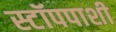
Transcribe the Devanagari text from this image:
स्टॉपपाशी